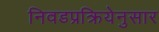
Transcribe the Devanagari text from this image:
निवडप्रक्रियेनुसार